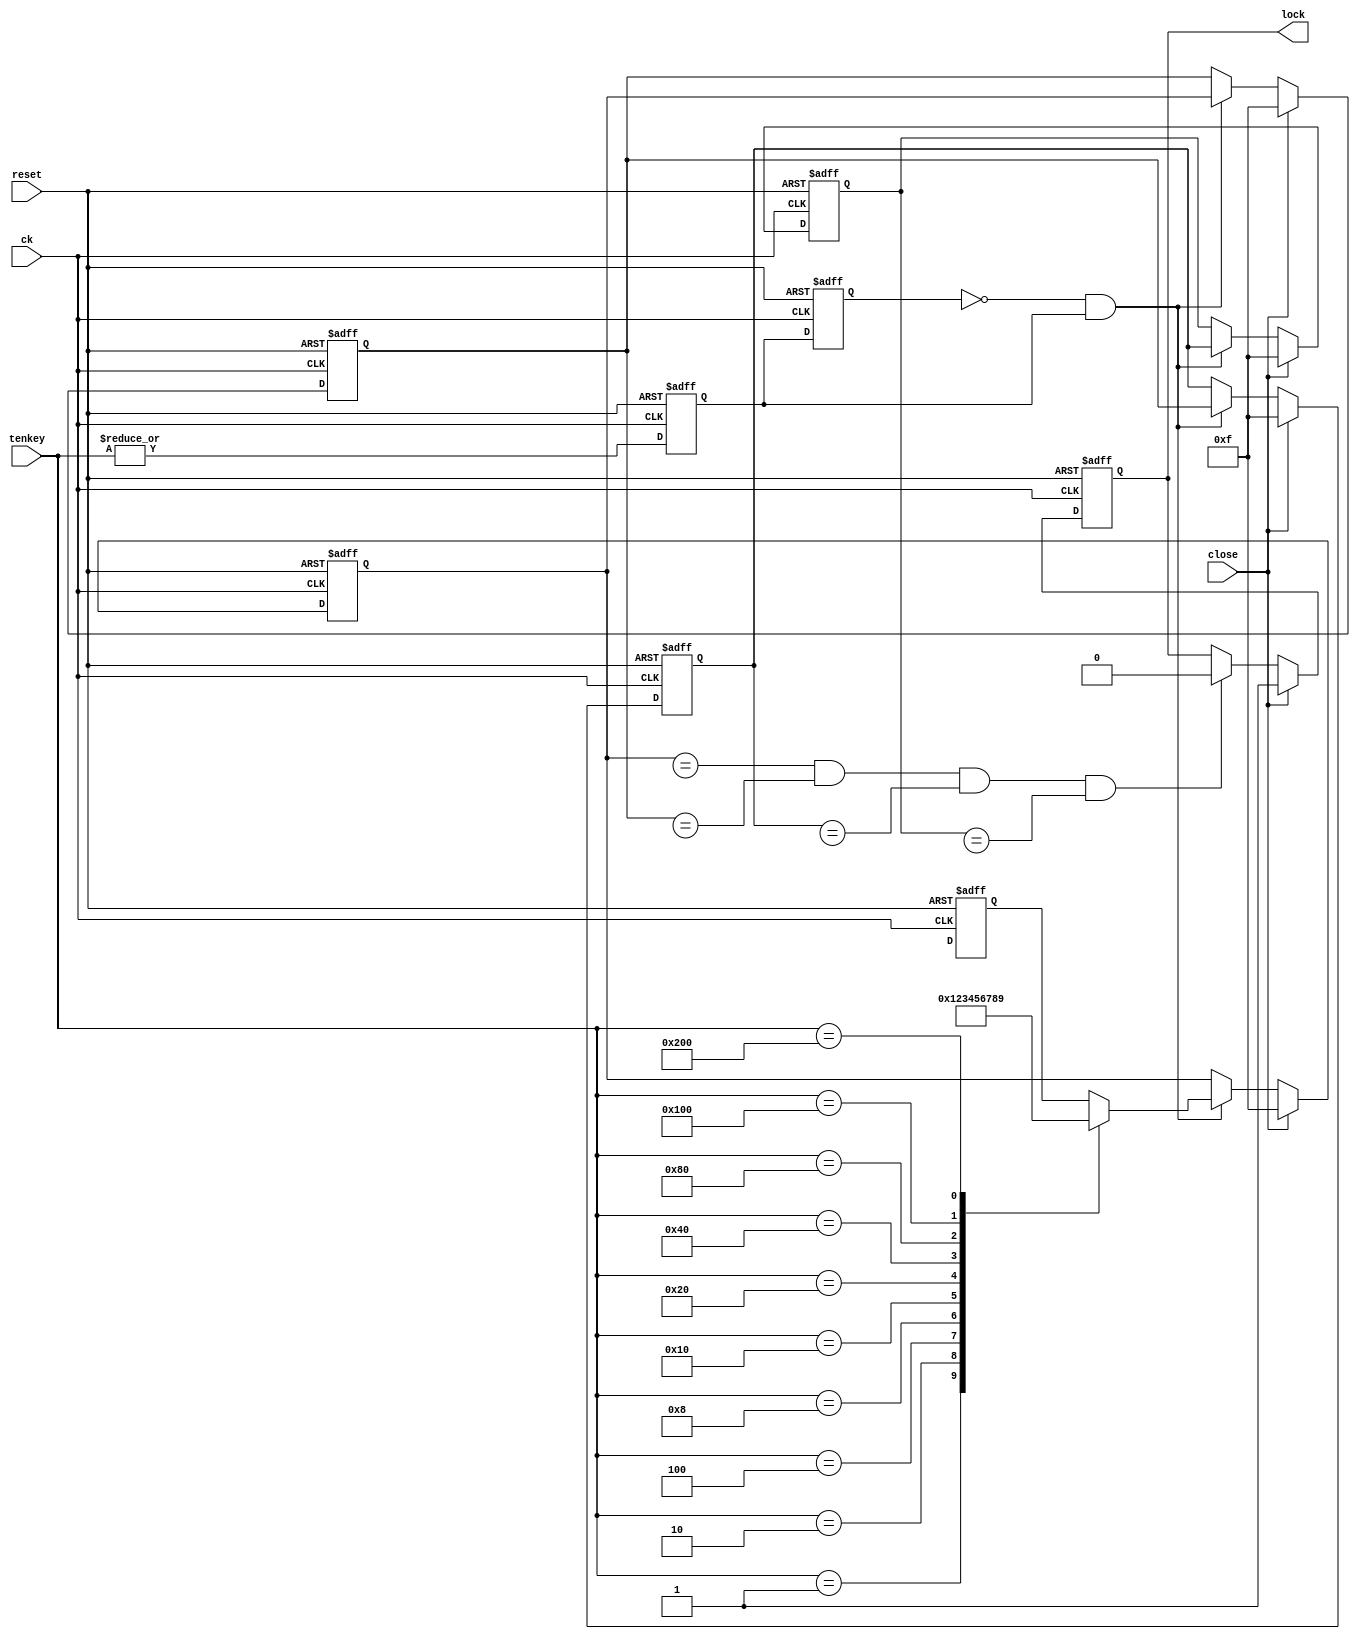
module elelock( ck, reset, tenkey, close, lock );
input		ck, reset, close;
input	[9:0]	tenkey;
output		lock;

reg		lock, ke1, ke2;
reg	[3:0]	key [0:3];

wire		match, key_enb1;

//Ïؔԍ̓WX^
always @( posedge ck or posedge reset ) begin
	if ( reset==1'b1 ) begin
		key[3] <= 4'b1111;
		key[2] <= 4'b1111;
		key[1] <= 4'b1111;
		key[0] <= 4'b1111;
	end
	else if ( close==1'b1 ) begin
		key[3] <= 4'b1111;
		key[2] <= 4'b1111;
		key[1] <= 4'b1111;
		key[0] <= 4'b1111;
	end
	else if ( key_enb1==1'b1 ) begin
		key[3] <= key[2];
		key[2] <= key[1];
		key[1] <= key[0];
		key[0] <= keyenc( tenkey );
	end
end

// eEL[̓`b^p
always @( posedge ck or posedge reset ) begin
	if ( reset==1'b1 ) begin
		ke2 <= 1'b0;
		ke1 <= 1'b0;
	end
	else begin
		ke2 <= ke1;
		ke1 <= | tenkey;
	end
end

// dqo
always @( posedge ck or posedge reset ) begin
	if ( reset==1'b1 )
		lock <= 1'b0;
	else if ( close==1'b1 )
		lock <= 1'b1;
	else if ( match==1'b1 )
		lock <= 1'b0;
end

// eEL[̓GR[_
function [3:0]	keyenc;
input	 [9:0]	sw;
	case ( sw )
		10'b00000_00001: keyenc = 4'h0;
		10'b00000_00010: keyenc = 4'h1;
		10'b00000_00100: keyenc = 4'h2;
		10'b00000_01000: keyenc = 4'h3;
		10'b00000_10000: keyenc = 4'h4;
		10'b00001_00000: keyenc = 4'h5;
		10'b00010_00000: keyenc = 4'h6;
		10'b00100_00000: keyenc = 4'h7;
		10'b01000_00000: keyenc = 4'h8;
		10'b10000_00000: keyenc = 4'h9;
	endcase
endfunction

// ÏؔԍvM
assign	match = ((key[0])==(SECRET_0)) && ((key[1]==SECRET_1)) && ((key[2])==(SECRET_2)) && ((key[3])==(SECRET_3));

assign	key_enb1 = ~ke2 & ke1;

endmodule